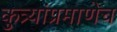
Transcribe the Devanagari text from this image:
कुत्र्यांप्रमाणेच